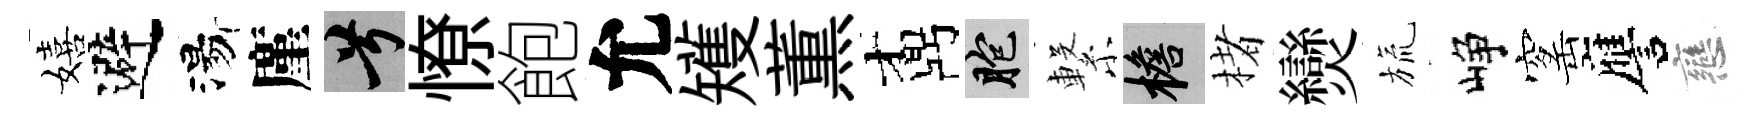
嬉避湯廑兮憭飽允矱薫鼒胞繋檐楮𤓖旒峥窰譍戀